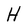
Character: H